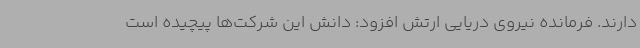
دارند. فرمانده نیروی دریایی ارتش افزود: دانش این شرکت‌ها پیچیده است